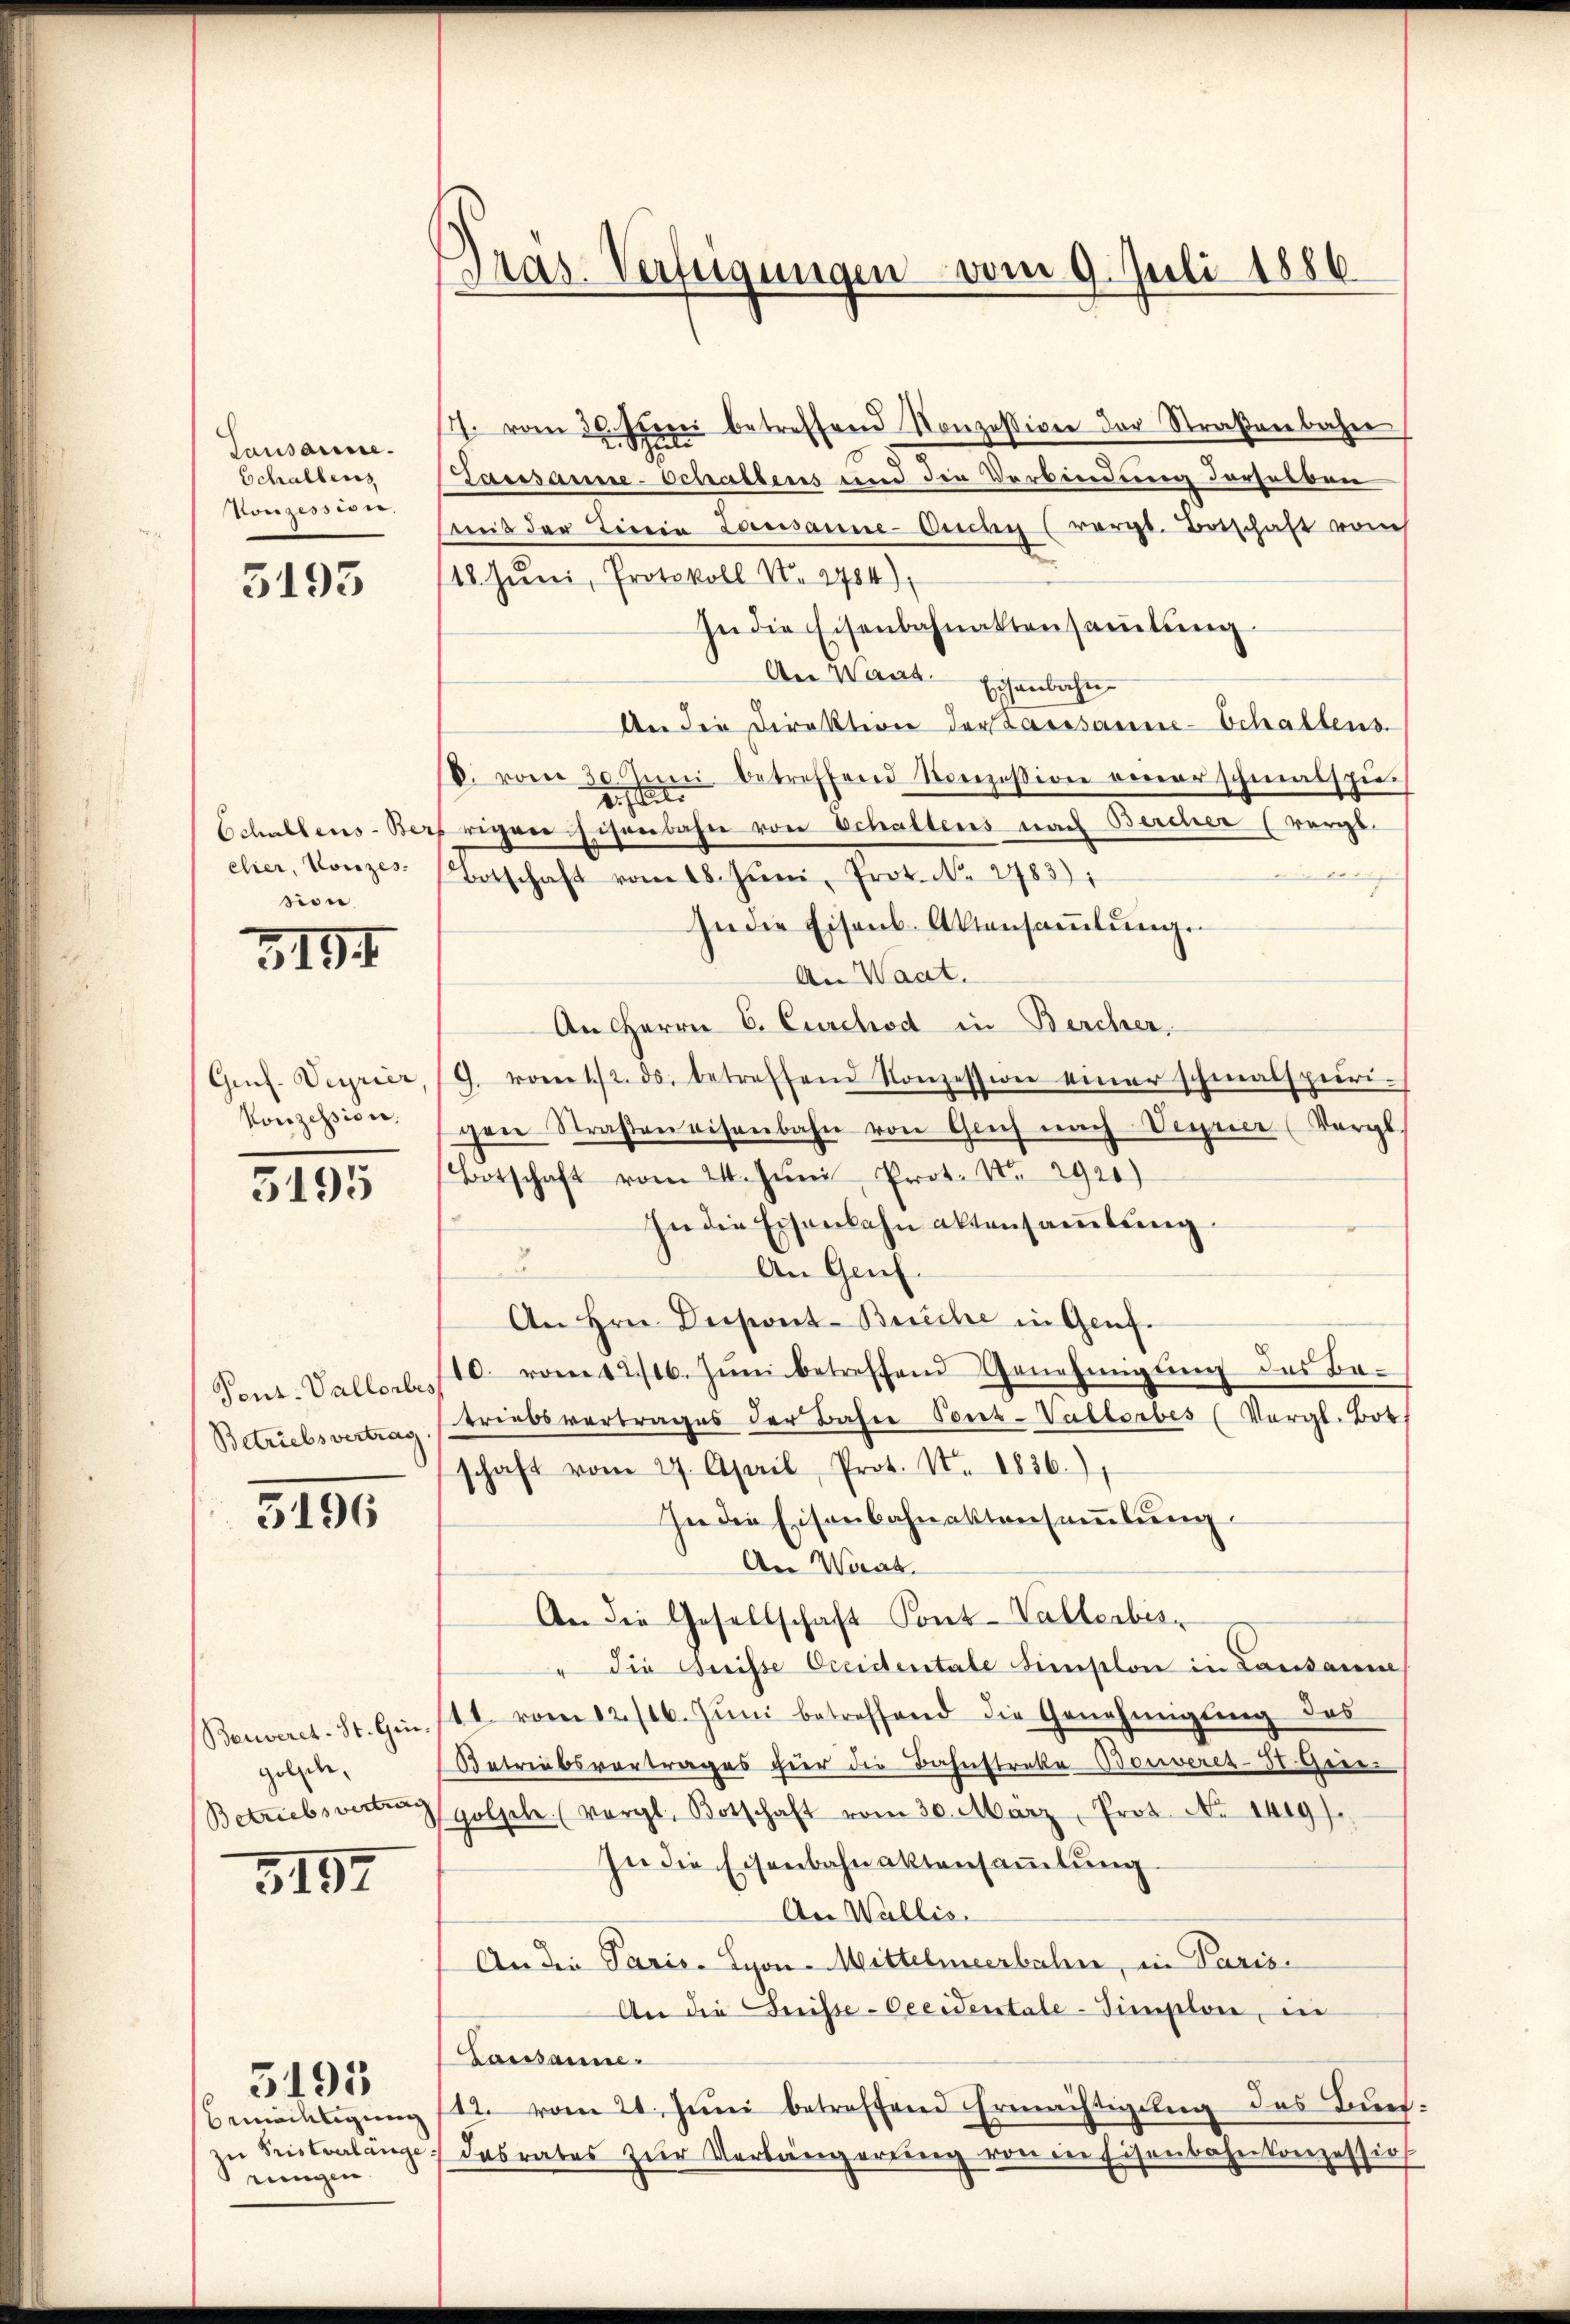
Lausanne.
Schallens
Vonzession.

5193

clier, Konzes
sion

3191

Konzession.

3195

Pent. Vallorbes
Betriebsvertrag

5196

golzle¬

5192

bemächtigung
zu Fristverlänge
rungen

3195

Dras-Verfügungen vom 9. Juli 1886

17. vom 30. Juni betreffend Konzession der Straßenbahn
Lausanne-Schallens und die Verbindung derselben
Mit der Terria Lausanne-Ouchy (vergl. Botschaft vom
18. Juni, Protokoll No 12784)
In die Eisenbahnaktensaṁlŭng
Aer Ward Eisenbahn
An die Direktion der Kassaune-Schaltens
D. vom 30. Jŭni betreffend Soeizosion einer schmalspi
eist
Schallens-Berfrigen Eisenbahn von Schaltens nach Bercher (vergl.
Botschaft vom 18. Juni, Prot. N. 2783),
a
In die Eisens. Aktensaṁlŭng.
An Waat.
An Herrn C. Curichod in Bercher,
Gif. Verrier, (G. vom 12. ds. betreffend Konzession einer schmalspuri-
gen Straßen eisenbahn von Glich nach Verner (Vergl
Botschaft vom 24. Jŭni Prot. Nr. 2920)
In die Eisenbahn altensamlung.
2
An Genf.
An Hrn. Despont-Beiche in Genf.
10. vom 12/16. Juni betreffend Genehmigung des Betriebsvertrages der Bahre Vocez-Vallorbes (Vergl. Bot
schaft vom 27. April, Prot. Nr. 1836.)
In die Eisenbahnaktensaṁlŭng
An Wart
An die Gesellschaft Pont-Vallerbes
" die Buisse Creidentale Simplon in Lausanne
Benveret. St. Gen. 141. vom 12./16. Jŭni betreffend die Genehmigung des
Betriebsvortrages hier die Bahnstreke Bonveres-St. Gier
Betriebsverte Golsch (vergl. Botschaft vom 30. März, Prof. No 1419).
In die Eisenbahnalltensammlung
An Wallis.
An die Paris. Lyon-Mittelmeerbahn, in Paris
An die Geiste-Oeeidentale-Simplon, in
Lausanne.
112. vom 21. Juni betreffend Ermächtigung des Buch¬
) das rates zŭr Verlängerŭng von in Eisenbahnkonzession